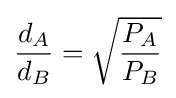
{\frac {d_{A}}{d_{B}}}={\sqrt {\frac {P_{A}}{P_{B}}}}